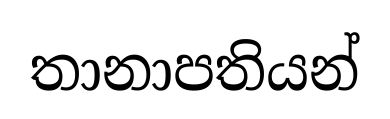
තානාපතියන්